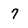
Character: 7